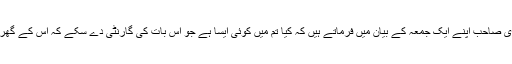
ڈاکڑ طاھر القادری صاحب اپنے ایک جمعہ کے بیان میں فرماتے ہیں کہ کیا تم میں کوئی ایسا ہے جو اس بات کی گارنٹی دے سکے کہ اس کے گھر میں ٹی وی ہے۔